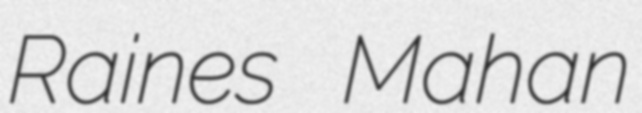
Raines Mahan